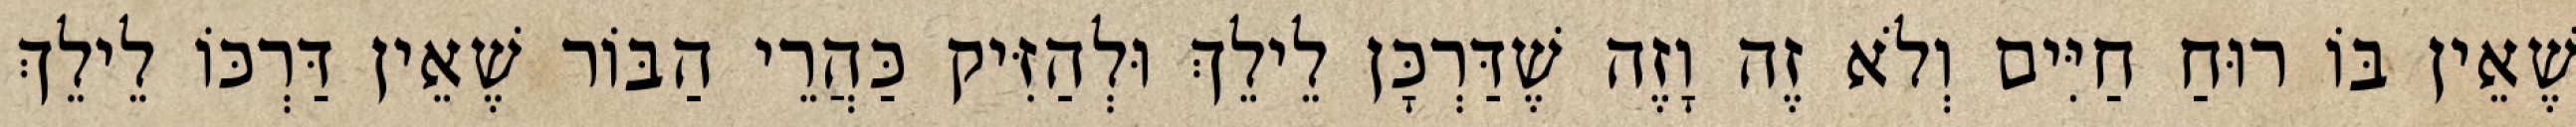
שֶׁאֵין בּוֹ רוּחַ חַיִּים וְלֹא זֶה וָזֶה שֶׁדַּרְכָּן לֵילֵךְ וּלְהַזִּיק כַּהֲרֵי הַבּוֹר שֶׁאֵין דַּרְכּוֹ לֵילֵךְ